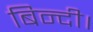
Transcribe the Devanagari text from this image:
बिन्दी।